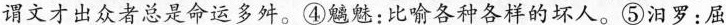
谓文才出众者总是命运多舛。④魑魅：比喻各种各样的坏人。⑤汨罗：屈